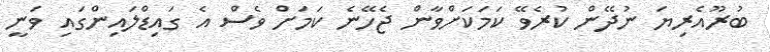
ބުރޫއެރިޔަ ނުދޭން ކުރެވޭ ކަމަކަށްވާން ޖެހޭނެ ކަމަށް ވެސް އެ ގައިޑްލައިންގައި ވަނީ